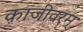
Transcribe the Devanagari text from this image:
काजीवरम्